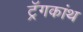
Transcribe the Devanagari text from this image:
ट्रॅगकांथ